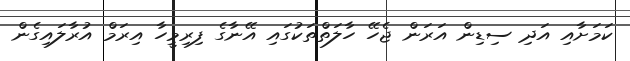
ކަމަށާއި އަދި ސިޑިން އަރަން ޖެހޭ ހާލަތްތަކުގައި އޭނާގެ ފިރިމީހާ އިރަމް އުރާލައިގެން